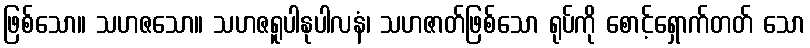
ဖြစ်သော။ သဟဇသော။ သဟဇရူပါနုပါလနံ၊ သဟဇာတ်ဖြစ်သော ရုပ်ကို စောင့်ရှောက်တတ် သော